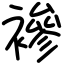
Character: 襂